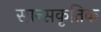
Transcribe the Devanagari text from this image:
सान्सकृतिक